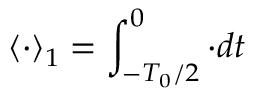
\left\langle \cdot \right\rangle _ { 1 } = \int _ { - T _ { 0 } / 2 } ^ { 0 } \cdot d t